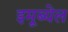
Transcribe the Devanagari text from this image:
इमूब्येल